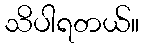
သိပါရတယ်။